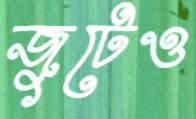
জুটেও